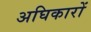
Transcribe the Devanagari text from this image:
अघिकारों